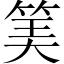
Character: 𥮅